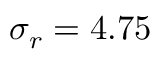
\sigma _ { r } = 4 . 7 5